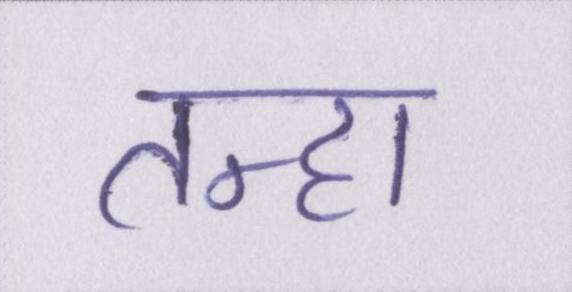
तन्हा